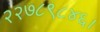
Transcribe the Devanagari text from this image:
२२७८९८४६।